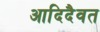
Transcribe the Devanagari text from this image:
आदिदैवत